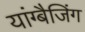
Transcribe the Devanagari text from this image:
यांग्बैजिंग